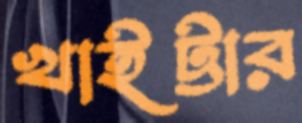
খাইট্টার